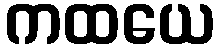
ကထယေ